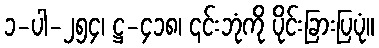
၁-ပါ-၂၅၄၊ ဋ္ဌ-၄၁၈၊ ၎င်းဘုံကို ပိုင်းခြားပြပုံ။